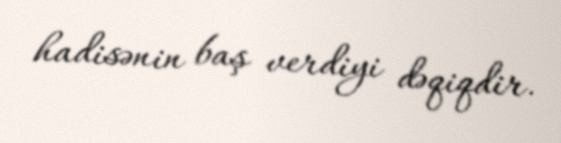
hadisənin baş verdiyi dəqiqdir.